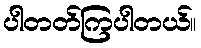
ပါတတ်ကြပါတယ်။